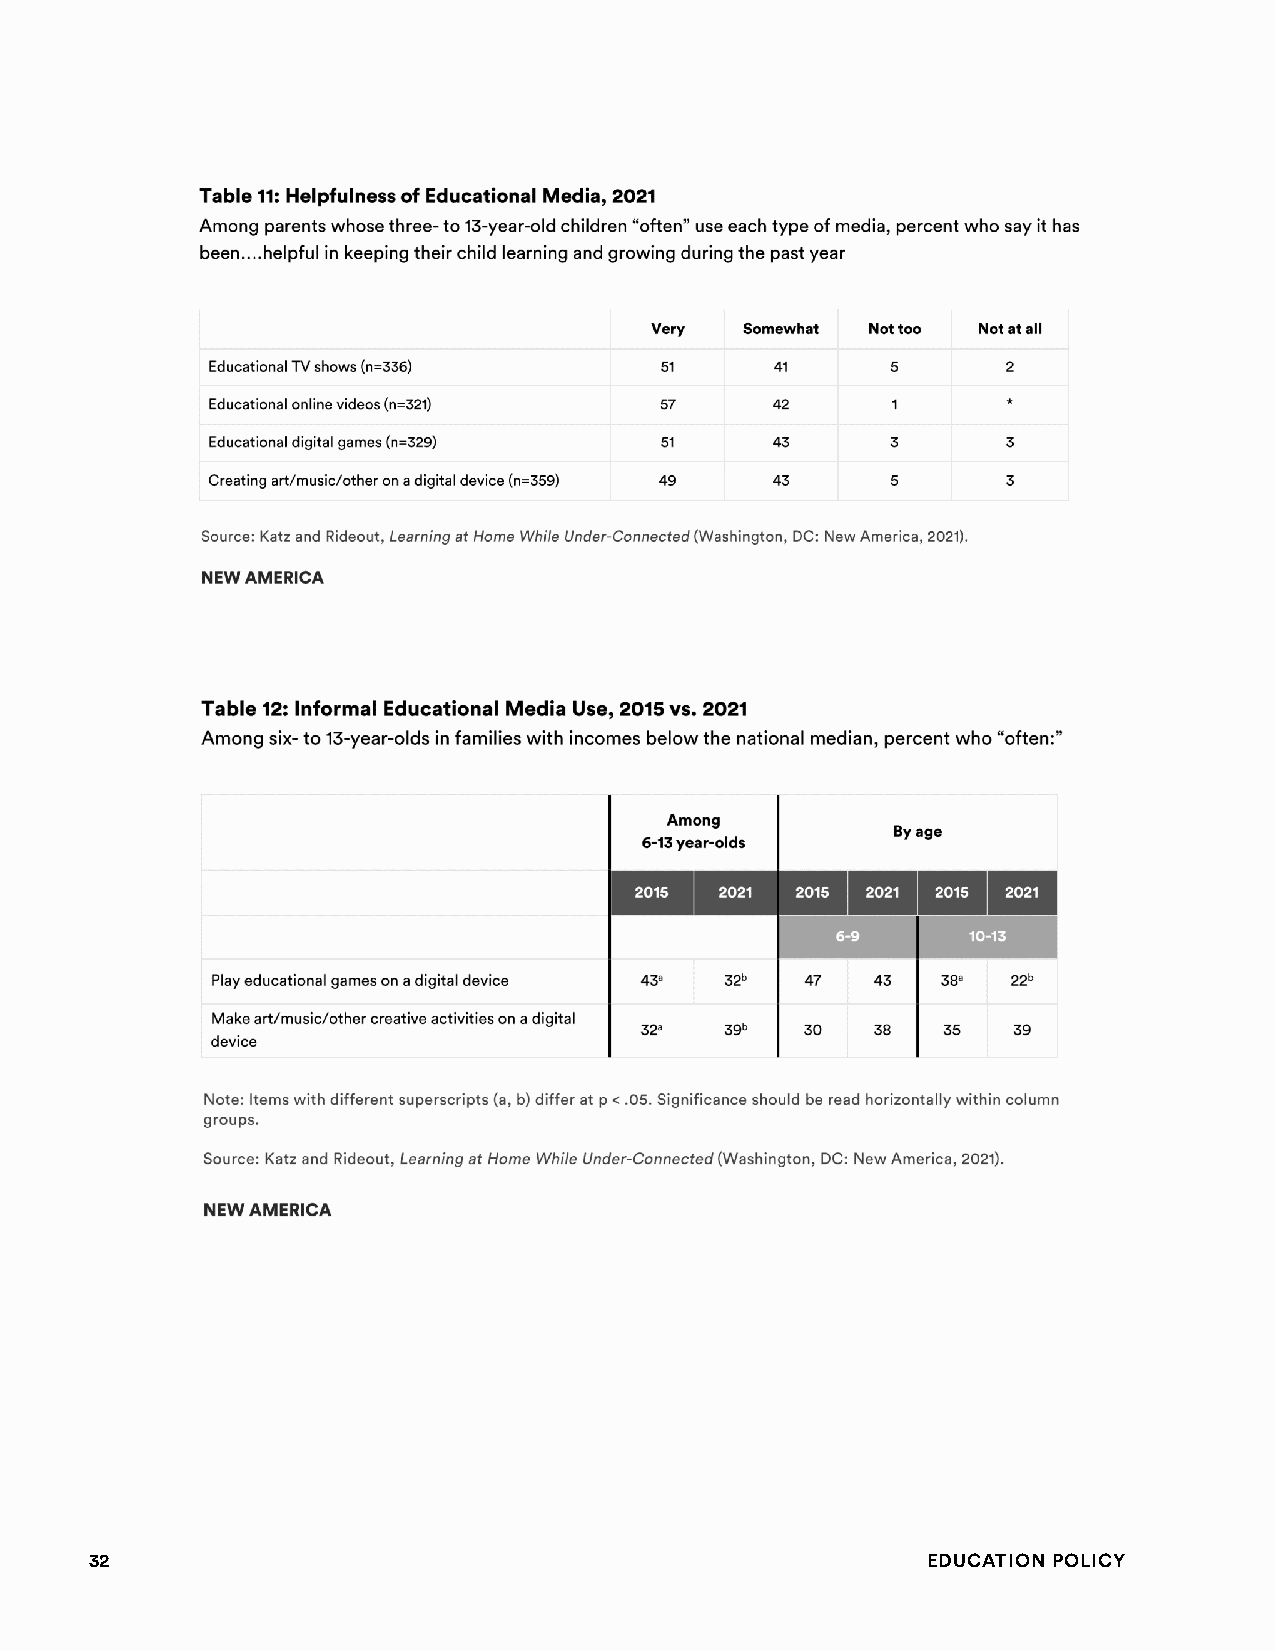
32                                                     Education Policy